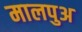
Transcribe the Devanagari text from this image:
मालपुअ